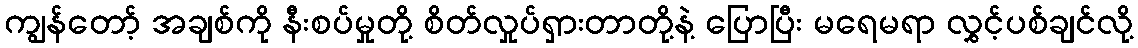
ကျွန်တော့် အချစ်ကို နီးစပ်မှုတို့ စိတ်လှုပ်ရှားတာတို့နဲ့ ပြောပြီး မရေမရာ လွှင့်ပစ်ချင်လို့